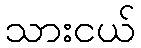
သားငယ်